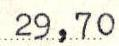
29,70